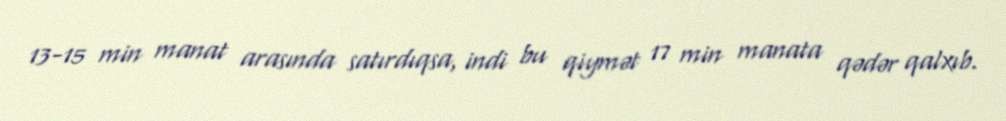
13-15 min manat arasında satırdıqsa, indi bu qiymət 17 min manata qədər qalxıb.